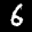
Label: 6